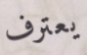
يعترف